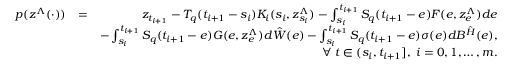
\begin{array} { r l r } { p ( z ^ { \Lambda } ( \cdot ) ) } & { = } & { z _ { t _ { i + 1 } } - { \cal T } _ { q } ( t _ { i + 1 } - s _ { i } ) { \cal K } _ { i } ( s _ { i } , z _ { s _ { i } } ^ { \Lambda } ) - \int _ { s _ { i } } ^ { t _ { i + 1 } } { \cal S } _ { q } ( t _ { i + 1 } - e ) { \cal F } ( e , z _ { e } ^ { \Lambda } ) d e } \\ & { } & { - \int _ { s _ { i } } ^ { t _ { i + 1 } } { \cal S } _ { q } ( t _ { i + 1 } - e ) { \cal G } ( e , z _ { e } ^ { \Lambda } ) d \hat { \cal W } ( e ) - \int _ { s _ { i } } ^ { t _ { i + 1 } } { \cal S } _ { q } ( t _ { i + 1 } - e ) \sigma ( e ) d { \cal B } ^ { \hat { \cal H } } ( e ) , } \\ & { } & { \forall \; t \in ( s _ { i } , t _ { i + 1 } ] , \; i = 0 , 1 , \ldots , m . } \end{array}